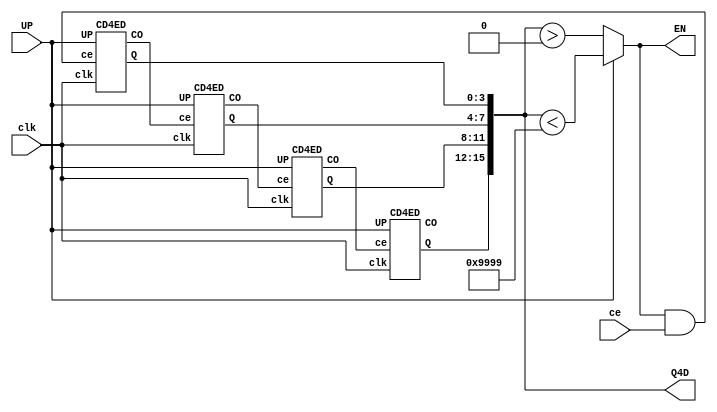
module CD10kD(input clk, output wire [15:0]Q4D,
              input ce,  output wire EN,
              input UP);

  wire [3:0] Q1; wire[3:0] Q2;
  wire [3:0] Q3; wire[3:0] Q4;
  assign Q4D = {Q4, Q3, Q2, Q1};
  assign EN = UP ? (Q4D<16'h9999) : (Q4D>16'h0000);
  
  wire ce1 = EN & ce ;
  wire CO1, CO2, CO3, CO4;

  CD4ED DD1 ( .clk(clk), .Q(Q1),
              .ce(ce1), .CO(CO1), // 
              .UP(UP));
  CD4ED DD2 ( .clk(clk), .Q(Q2),
              .ce(CO1), .CO(CO2), // 
              .UP(UP));
  CD4ED DD3 ( .clk(clk), .Q(Q3),
              .ce(CO2), .CO(CO3), // 
              .UP(UP));
  CD4ED DD4 ( .clk(clk), .Q(Q4),
              .ce(CO3), .CO(CO4), // 
              .UP(UP));

endmodule

module CD4ED(input ce,  output reg [3:0] Q = 0,
             input clk, output wire CO, 
						 input UP);
	
	assign CO = ce & (Q == 9);
	
  always @(posedge clk) begin
		Q <= (UP & ce) ? Q+1 : (!UP & ce ? Q-1 : Q);
	end

endmodule